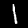
Label: 1